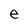
Character: e